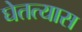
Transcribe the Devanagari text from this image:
घेतत्यास